Indian journal of veterinary science and animal husbandry - Volume 4,
Year: 1934
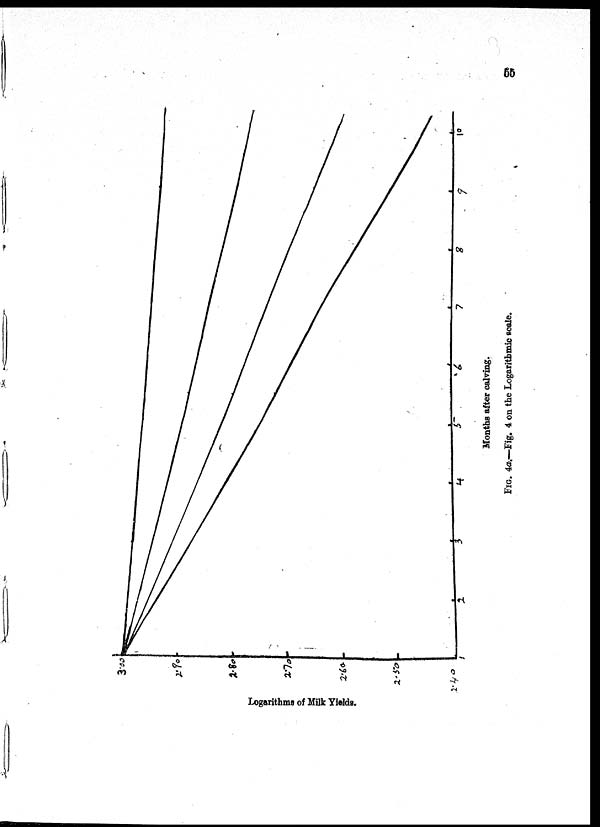
55
FIG.
4a.—Fig. 4 on the Logarithmic scale.